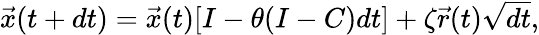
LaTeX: \begin{array}{r}{\vec{x}(t+dt)=\vec{x}(t)[I-\theta(I-C)dt]+\zeta\vec{r}(t)\sqrt{dt},}\end{array}